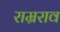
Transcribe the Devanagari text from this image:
राम्रराव